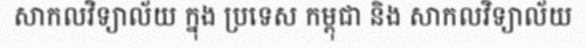
សាកលវិទ្យាល័យ ក្នុង ប្រទេស កម្ពុជា និង សាកលវិទ្យាល័យ